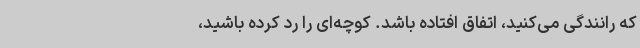
که رانندگی می‌کنید، اتفاق افتاده باشد. کوچه‌ای را رد کرده باشید،